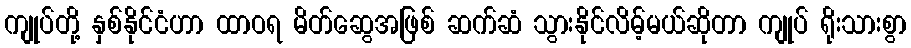
ကျုပ်တို့ နှစ်နိုင်ငံဟာ ထာဝရ မိတ်ဆွေအဖြစ် ဆက်ဆံ သွားနိုင်လိမ့်မယ်ဆိုတာ ကျုပ် ရိုးသားစွာ